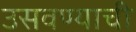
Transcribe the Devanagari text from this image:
उसवण्याची